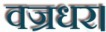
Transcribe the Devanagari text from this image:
वज्रधर।